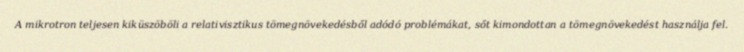
A mikrotron teljesen kiküszöböli a relativisztikus tömegnövekedésből adódó problémákat, sőt kimondottan a tömegnövekedést használja fel.